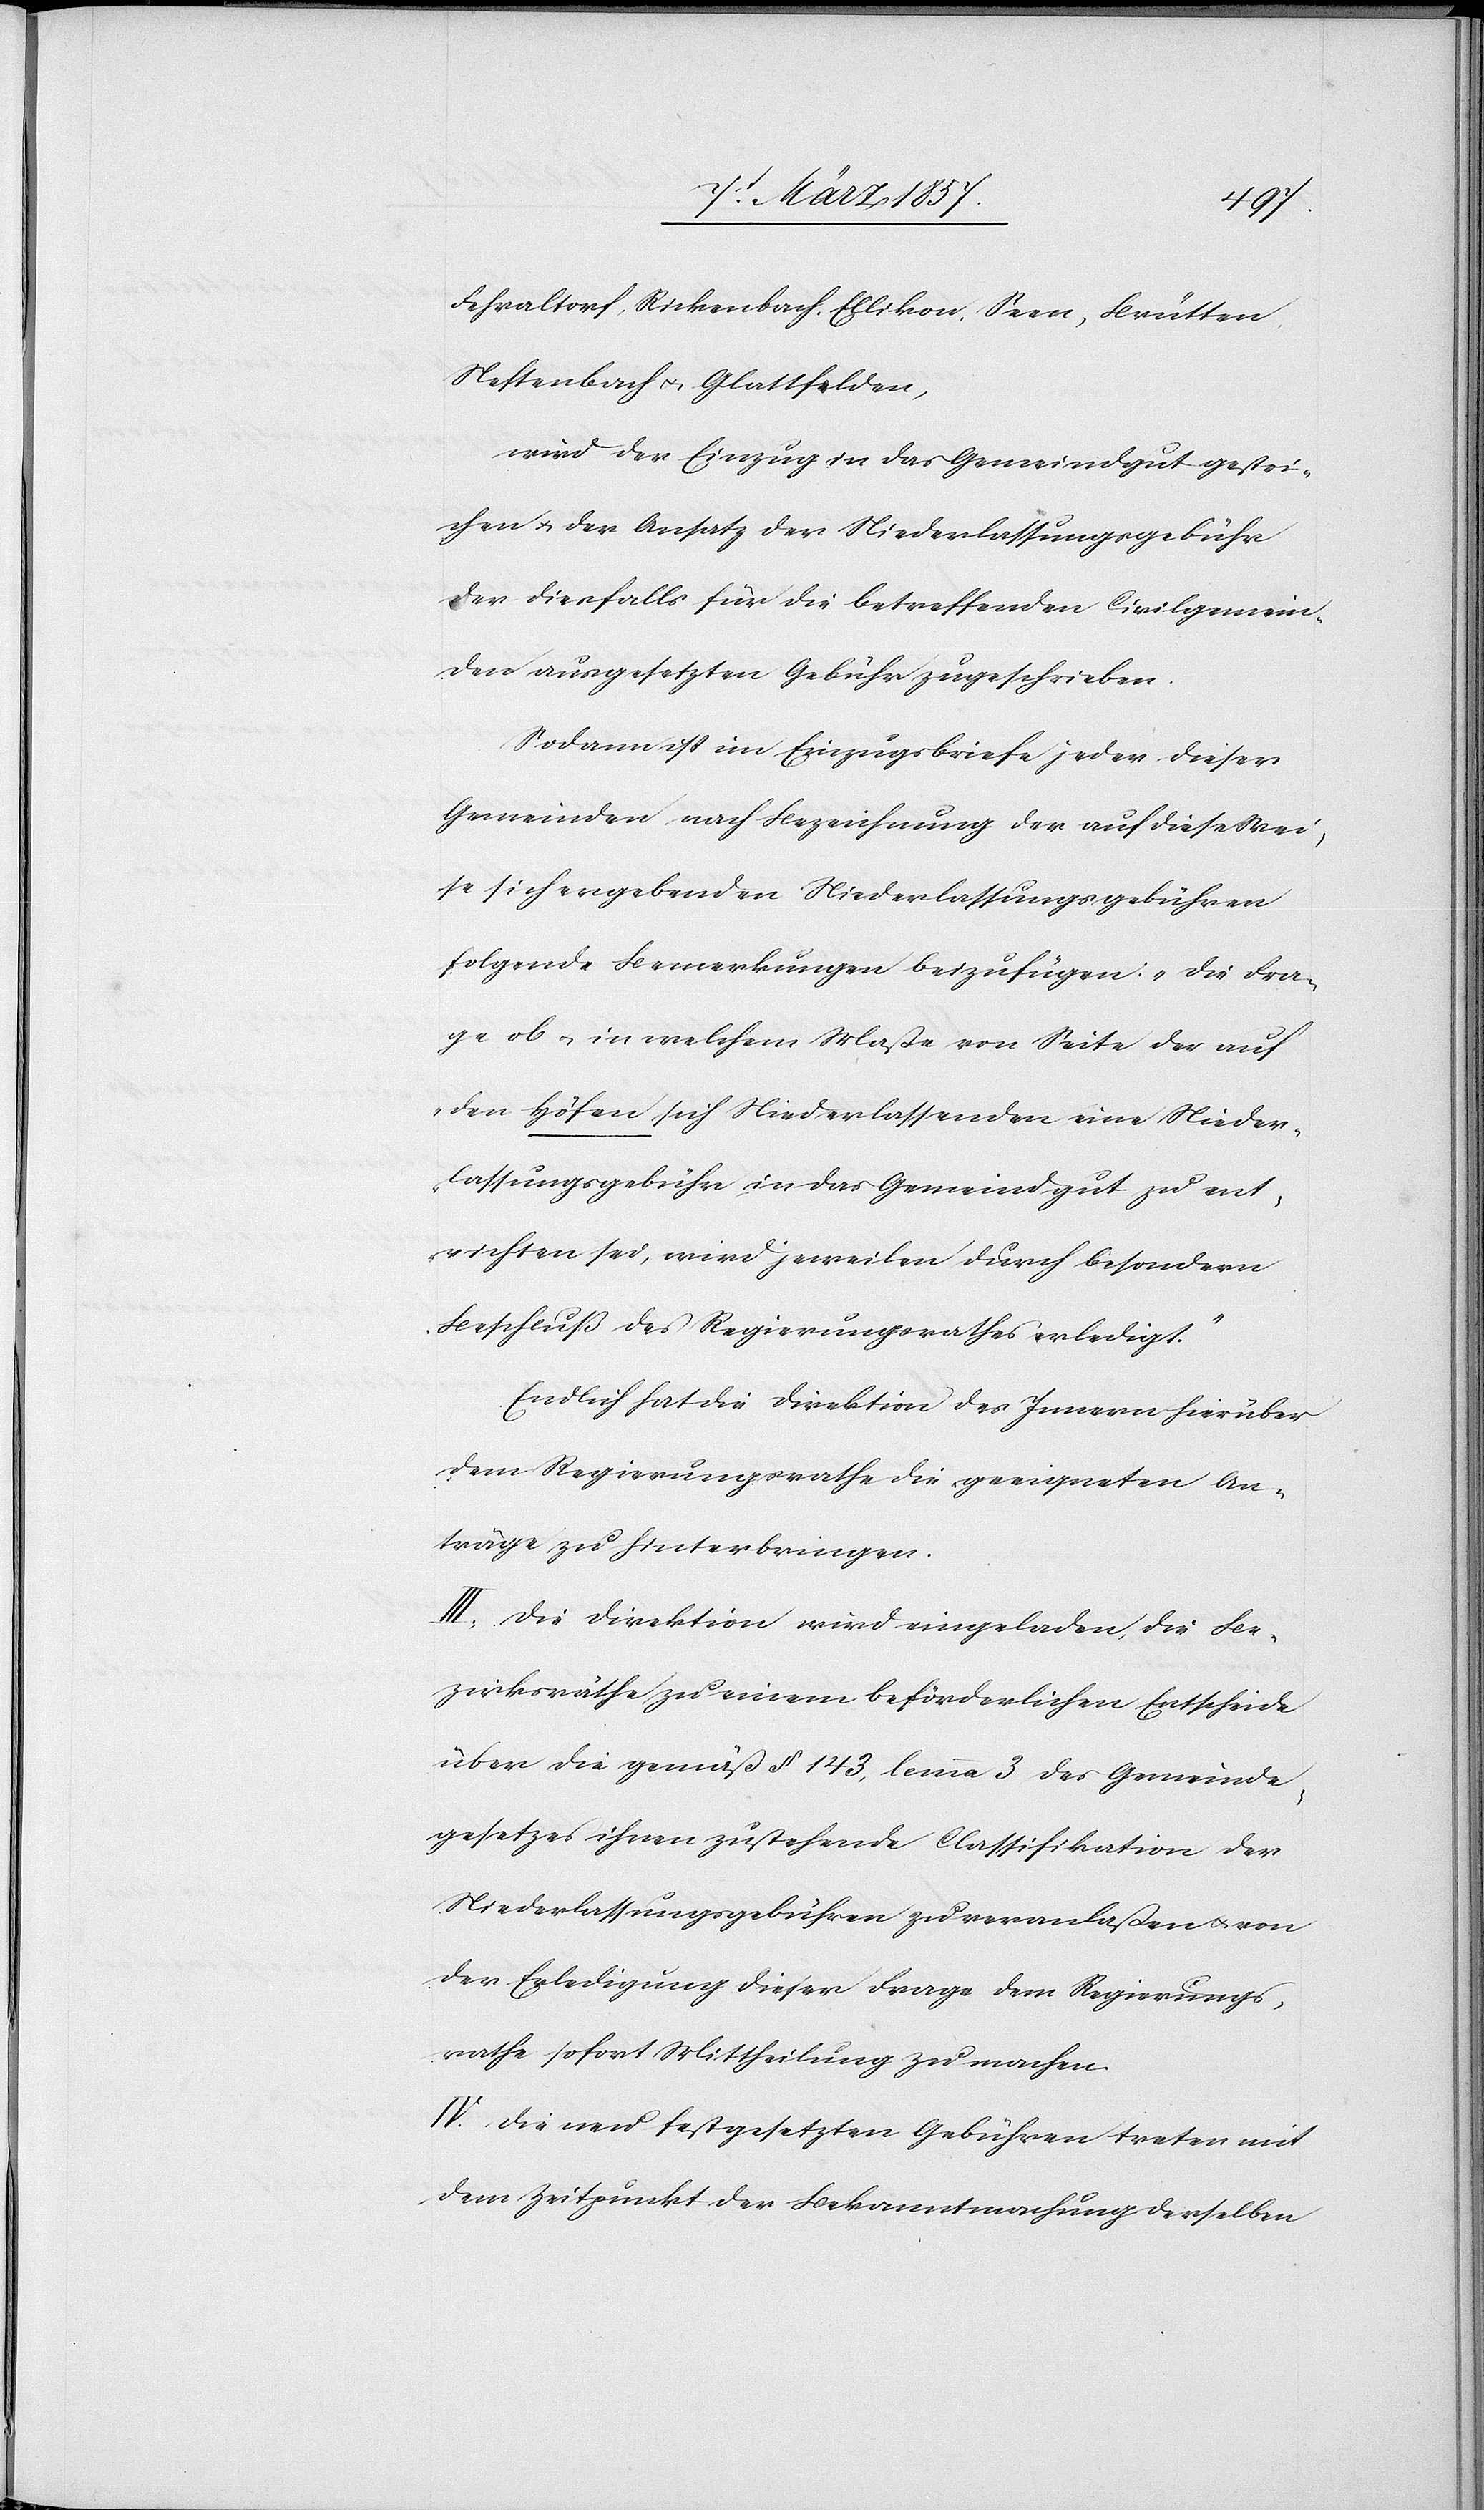
Fehraltorf, Rickenbach, Ellikon, Seen, Brütten,
Neftenbach u. Glattfelden,
wird der Einzug in das Gemeindgut gestri¬
chen u. der Ansatz der Niederlassungsgebühr
der diesfalls für die betreffenden Civilgemein¬
den ausgesetzten Gebühr zugeschrieben.
Sodann ist im Einzugsbriefe jeder dieser
Gemeinden nach Bezeichnung der auf diese Wei¬
se sich ergebenden Niederlassungsgebühren
folgende Bemerkungen beizufügen: „Die Fra¬
ge ob u. in welchem Maße von Seite der auf
den Höfen sich Niederlassenden eine Nieder¬
lassungsgebühr in das Gemeindgut zu ent¬
richten sei, wird jeweilen durch besondern
Beschluß des Regierungsrathes erledigt.“
Endlich hat die Direktion des Innern hierüber
dem Regierungsrathe die geeigneten An¬
träge zu hinterbringen.
III. Die Direktion wird eingeladen, die Be¬
zirksräthe zu einem beförderlichen Entscheide
über die gemäß § 143, lemma 3 des Gemeinde¬
gesetzes ihnen zustehende Classifikation der
Niederlassungsgebühren zu veranlaßen u. von
der Erledigung dieser Frage dem Regierungs¬
rathe sofort Mittheilung zu machen.
IV. Die neu festgesetzten Gebühren treten mit
dem Zeitpunkt der Bekanntmachung derselben